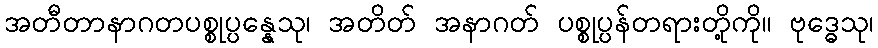
အတီတာနာဂတပစ္စုပ္ပန္နေသု၊ အတိတ် အနာဂတ် ပစ္စုပ္ပန်တရားတို့ကို။ ဗုဒ္ဓေသု၊